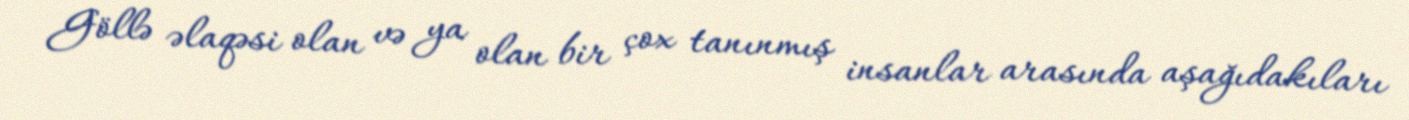
Göllə əlaqəsi olan və ya olan bir çox tanınmış insanlar arasında aşağıdakıları